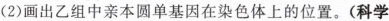
(2)画出乙组中亲本圆单基因在染色体上的位置。(科学